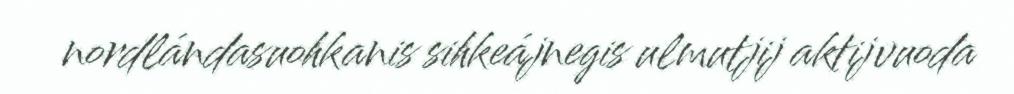
nordlándasuohkanis sihkeájnegis ulmutjij aktijvuoda